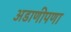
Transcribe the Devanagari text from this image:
अडाणीपणा